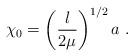
LaTeX: \begin{align*}\chi_0 = \left(\frac{\l}{2\mu}\right)^{1/2}a ~.\end{align*}